Medical and sanitary report of the native army of Bengal for the year
Year: 1878
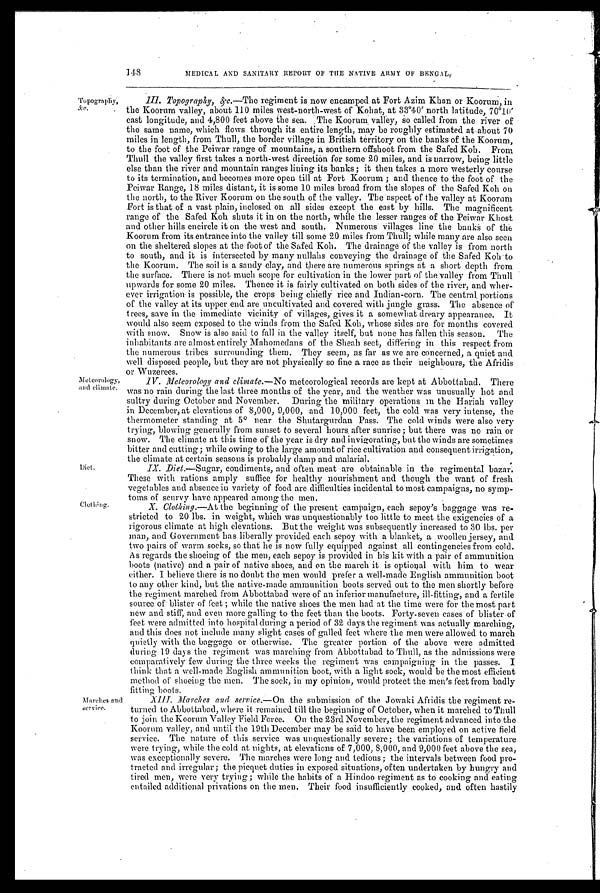
148
MEDICAL AND SANITARY REPORT OF THE NATIVE ARMY OF BENGAL.
Topography, &c.
Meteorology,
and climate.
Diet.
Clothing.
Marches an
d service.
III. Topography, & c.—The regiment is now encamped at Fort Azim Khan or Koorum, in
the Koorum valley, about 110 miles west-north-west of Kohat, at 33°40' north latitude, 70°10'
east longitude, and 4,800 feet above the sea. The Koorum valley, so called from the river of
the same name, which flows through its entire length, may be roughly estimated at about 70
miles in length, from Thull, the border village in British territory on the banks of the Koorum,
to the foot of the Peiwar range of mountains, a southern offshoot from the Safed Koh. From
Thull the valley first takes a north-west direction for some 20 miles, and is narrow, being little
else than the river and mountain ranges lining its banks; it then takes a more westerly course
to its termination, and becomes more open till at Fort Koorum; and thence to the foot of the
Peiwar Range, 18 miles distant, it is some 10 miles broad from the slopes of the Safed Koh on
the north, to the River Koorum on the south of the valley. The aspect of the valley at Koorum
Fort is that of a vast plain, inclosed on all sides except the east by hills. The magnificent
range of the Safed Koh shuts it in on the north, while the lesser ranges of the Peiwar Khost
and other hills encircle it on the west and south. Numerous villages line the banks of the
Koorum from its entrance into the valley till some 20 miles from Thull; while many are also seen
on the sheltered slopes at the foot of the Safed Koh. The drainage of the valley is from north
to south, and it is intersected by many nullahs conveying the drainage of the Safed Koh to
the Koorum. The soil is a sandy clay, and there are numerous springs at a short depth from
the surface. There is not much scope for cultivation in the lower part of the valley from Thull
upwards for some 20 miles. Thence it is fairly cultivated on both sides of the river, and wher--
ever irrigation is possible, the crops being chiefly rice and Indian-corn. The central, portions
of the valley at its upper end are uncultivated and covered with jungle grass. The absence of
trees, save in the immediate vicinity of villages, gives it a somewhat dreary appearance. It
would also seem exposed to the winds from the Safed Koh, whose sides are for months covered
with snow. Snow is also said to fall in the valley itself, but none has fallen this season. The
inhabitants are almost entirely Mahomedans of the Sheah sect, differing in this respect from
the numerous tribes surrounding them. They seem, as far as we are concerned, a quiet and
well disposed people, but they are not physically so fine a race as their neighbours, the Afridis
o r W u z e r e e s .
IV. Meteorology and climate.— No meteorological records are kept at Abbottabad. There
was no rain during the last three months of the year, and the weather was unusually hot and
sultry during October and November. During the military operations in the Hariah valley
in December, at elevations of 8,000, 9,000, and 10,000 feet, the cold was very intense, the
thermometer standing at 5° near the Shutargurdan Pass. The cold winds were also very
trying, blowing generally from sunset to several hours, after sunrise; but there was no rain or
snow. The climate at this time of the year is dry and invigorating, but the winds are sometimes
bitter and cutting; while owing to the large amount of rice cultivation and consequent irrigation,
the climate at certain seasons is probably damn and malarial.
IX. Diet.— Sugar, condiments, and often meat are obtainable in the regimental bazar.
These with rations amply suffice for healthy nourishment and though the want of fresh
vegetables and absence in variety of food are difficulties incidental to most campaigns, no symp
-toms of scurvy have appeared among the men.
X. Clothing.—At the beginning of the present campaign, each sepoy's baggage was re-
stricted to 20 lbs. in weight, which was unquestionably too little to meet the exigencies of a
rigorous climate at high elevations. But the weight was subsequently increased to 30 lbs. per
man, and Government has liberally provided each sepoy with a blanket, a woollen jersey, and
two pairs of warm socks, so that he is now fully equipped against all contingencies from cold.
As regards the shoeing of the men, each sepoy is provided in his kit with a pair of ammunition
boots (native) and a pair of native shoes, and on the march it is optional with him to wear
either. I believe there is no doubt the men would prefer a well-made English ammunition boot
to any other kind, but the native-made ammunition boots served out to the men shortly before
the regiment marched from Abbottabad were of an inferior manufacture, ill-fitting, and a fertile
sour ce of bl i st er of f eet ; whi l e t he nat i ve shoes t he men had at t he t i me wer e f or t he most par t
new and stiff, and even more galling to the feet than the boots. Forty-seven cases of blister of
feet were admitted into hospital during a period of 32 days the regiment was actually marching,
and this does not include many slight cases of galled feet where the men were allowed to march
quietly with the baggage or otherwise. The greater portion of the above were admitted
during 19 days the regiment was marching from Abbottabad to Thull, as the admissions were
comparatively few during the three weeks the regiment was campaignig in the passes. I
think that a well-made English ammunition boot, with a light sock, would be the most efficient
method of shoeing the men. The sock, in my opinion, would protect the men's feet from badly
f i t t i n g b o o t s .
X I I I . M a r c h e s a n d s e r v i c e . —O
n
the submission of the Jowaki Afridis the regiment re
-
turned to Abbottabad, where it remained till the beginning of October, when it marched to Thull
to join the Koorum Valley Field Force. On the 23rd November, the regiment advanced into the
Koorum valley, and until the 19th December may be said to have been employed on active field
service. The nature of this service was unquestionally severe; the variations of temperature
were trying, while the cold at nights, at elevations of 7,000, 8,000, and 9,000 feet above the sea,
was exceptionally severe. The marches were long and tedious; the intervals between food pro
- t r a c t e d a n d i r r e g u l a r ; t h e p i c q u e t d u t i e s i n e x p o s e d s i t u a t i o n s , o f t e n u n d e r t a k e n b y h u n g r y a n d
tired men, were very trying; while the habits of a Hindoo regiment as to cooking and eating
entailed additional privations on the men. Their food insufficiently cooked, and often hastily